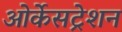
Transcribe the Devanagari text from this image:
ओर्केसट्रेशन